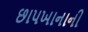
છાપખાનાની